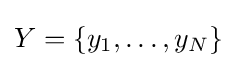
Y=\{y_{1},\ldots ,y_{N}\}